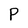
Character: P